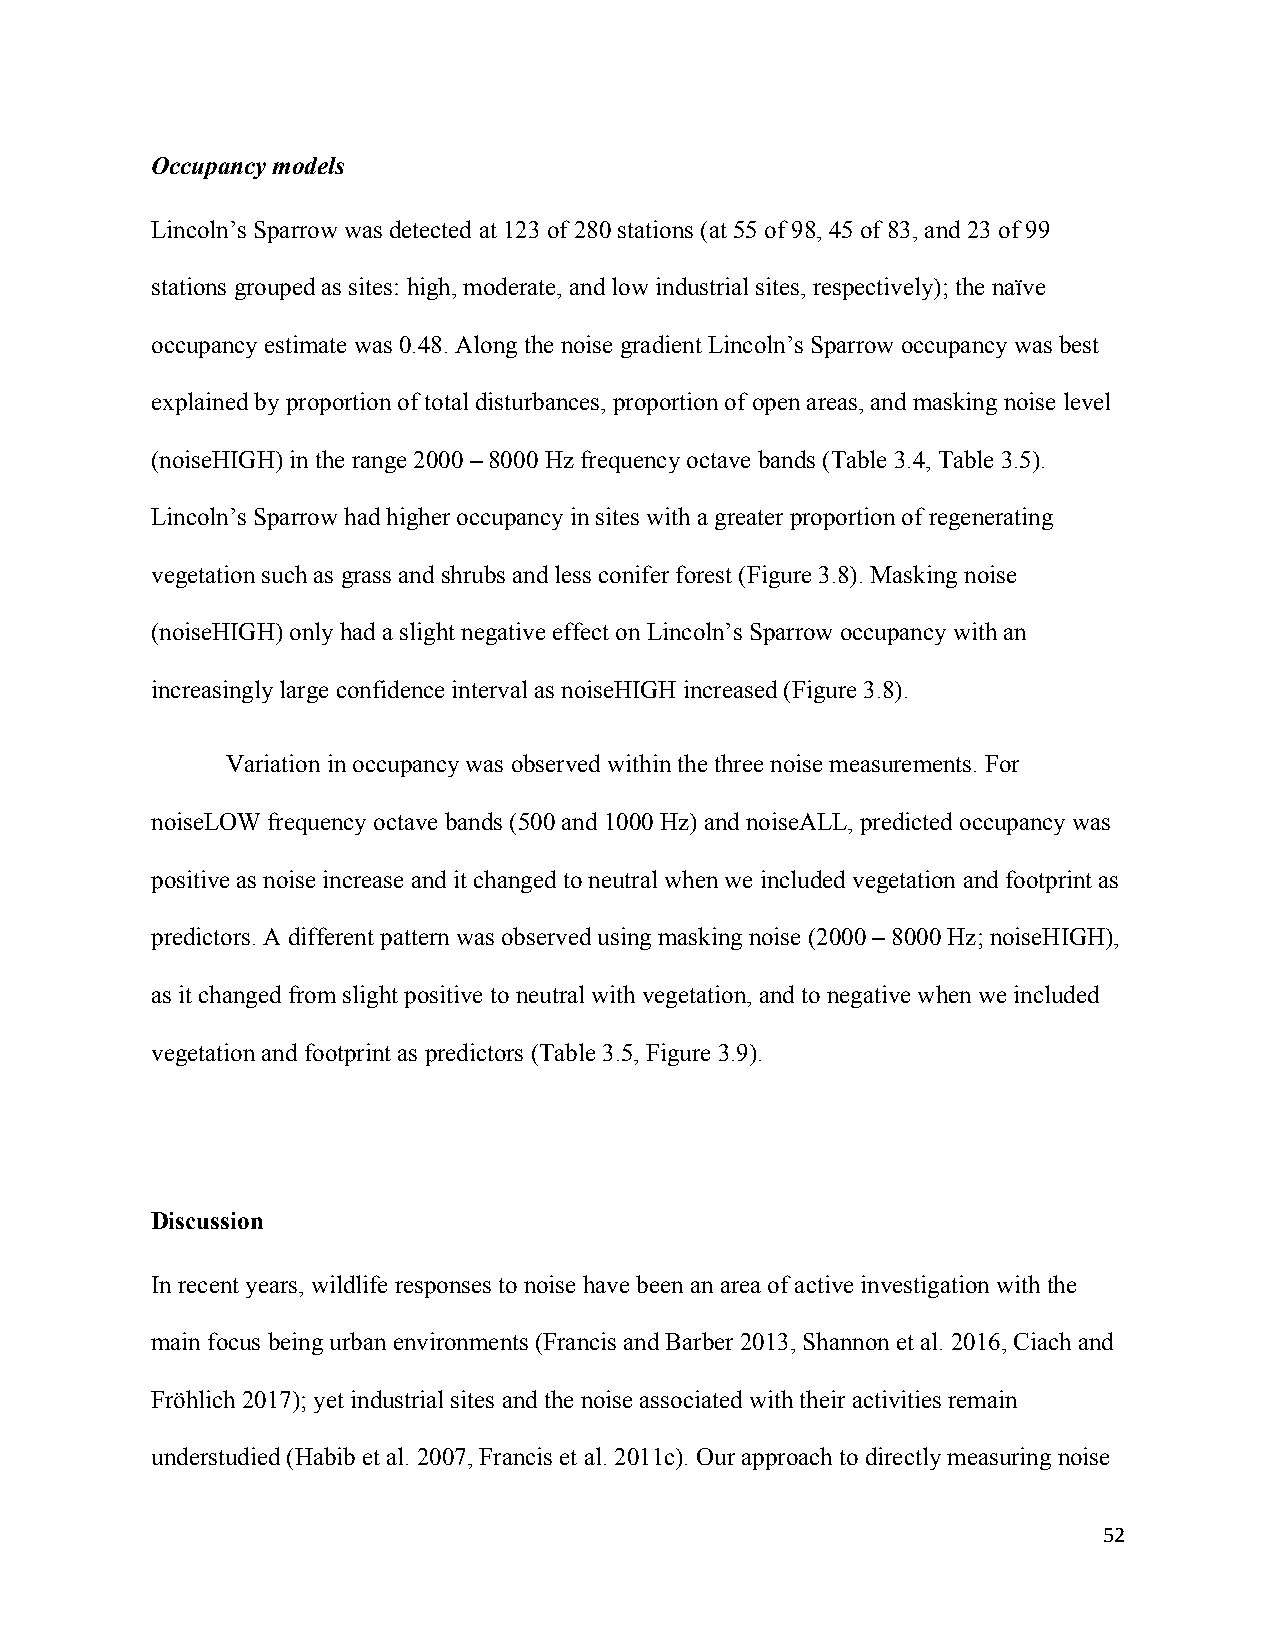
Occupancy models
 Lincoln’s Sparrow was detected at 123 of 280 stations (at 55 of 98, 45 of 83, and 23 of 99
 stations grouped as sites: high, moderate, and low industrial sites, respectively); the naïve
 occupancy estimate was 0.48. Along the noise gradient Lincoln’s Sparrow occupancy was best
 explained by proportion of total disturbances, proportion of open areas, and masking noise level
 (noiseHIGH) in the range 2000 – 8000 Hz frequency octave bands (Table 3.4, Table 3.5).
 Lincoln’s Sparrow had higher occupancy in sites with a greater proportion of regenerating
 vegetation such as grass and shrubs and less conifer forest (Figure 3.8). Masking noise
 (noiseHIGH) only had a slight negative effect on Lincoln’s Sparrow occupancy with an
 increasingly large confidence interval as noiseHIGH increased (Figure 3.8).
 Variation in occupancy was observed within the three noise measurements. For
 noiseLOW frequency octave bands (500 and 1000 Hz) and noiseALL, predicted occupancy was
 positive as noise increase and it changed to neutral when we included vegetation and footprint as
 predictors. A different pattern was observed using masking noise (2000 – 8000 Hz; noiseHIGH),
 as it changed from slight positive to neutral with vegetation, and to negative when we included
 vegetation and footprint as predictors (Table 3.5, Figure 3.9).
 Discussion
 In recent years, wildlife responses to noise have been an area of active investigation with the
 main focus being urban environments (Francis and Barber 2013, Shannon et al. 2016, Ciach and
 Fröhlich 2017); yet industrial sites and the noise associated with their activities remain
 understudied (Habib et al. 2007, Francis et al. 2011c). Our approach to directly measuring noise
 52